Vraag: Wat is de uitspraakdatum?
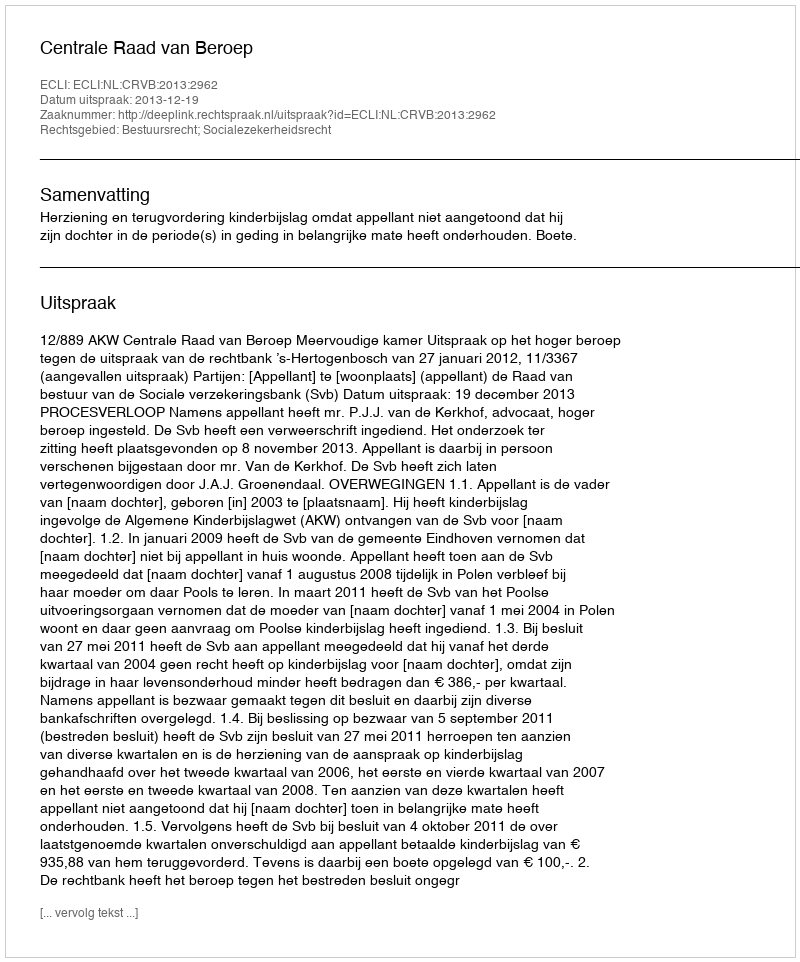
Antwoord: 2013-12-19